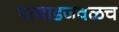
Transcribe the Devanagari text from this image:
पाचाडजवळच